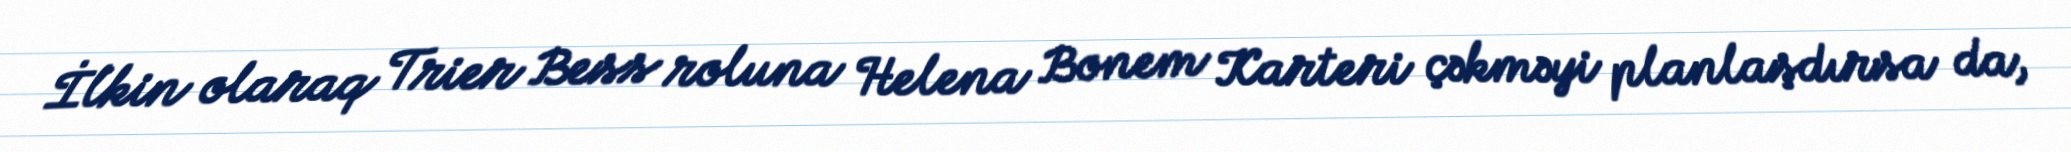
İlkin olaraq Trier Bess roluna Helena Bonem Karteri çəkməyi planlaşdırsa da,